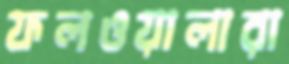
ফলওয়ালারা